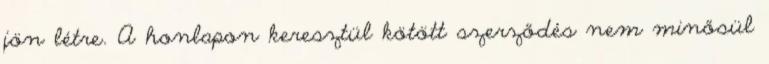
jön létre. A honlapon keresztül kötött szerződés nem minősül